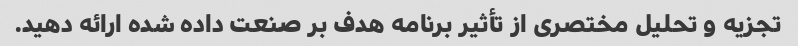
تجزیه و تحلیل مختصری از تأثیر برنامه هدف بر صنعت داده شده ارائه دهید.